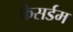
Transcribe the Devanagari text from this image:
कैसर्डम